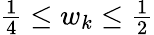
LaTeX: \begin{array}{r}{\frac 14\leq w_{k}\leq\frac 12}\end{array}